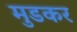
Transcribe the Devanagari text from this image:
मुडकर